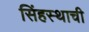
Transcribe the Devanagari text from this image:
सिंहस्थाची